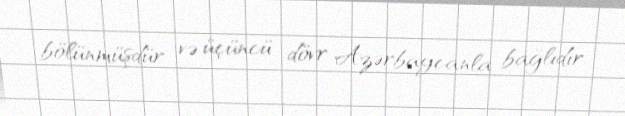
bölünmüşdür və üçüncü dövr Azərbaycanla bağlıdır.